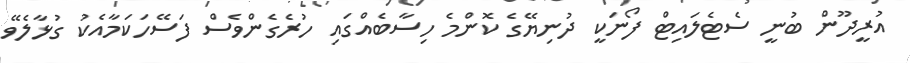
އުރީދޫން ބުނީ ސެޓެލައިޓް ފޯނަކީ ދުނިޔޭގެ ކޮންމެ ހިސާބެއްގައި ހުރެގެންވެސް ފަސޭހަކަމާއެކު ގުޅާލެވޭ